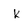
Character: K